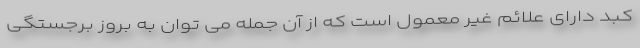
کبد دارای علائم غیر معمول است که از آن جمله می توان به بروز برجستگی